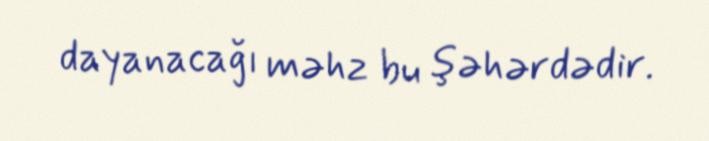
dayanacağı məhz bu şəhərdədir.